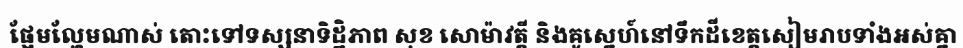
ផ្អែមល្ហែមណាស់ តោះទៅទស្សនាទិដ្ឋិភាព សុខ សោម៉ាវត្តី និងគូស្នេហ៍នៅទឹកដីខេត្តសៀមរាបទាំងអស់គ្នា